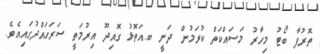
ތޮރުފާ ބޯޓު މިހާރު މަސައްކަތް ކުރަމުން ދަނީ ބ.އަތޮޅު ގޮއިދޫ އިރުމަތީ ސަރަހައްދުގައިއެވެ.